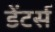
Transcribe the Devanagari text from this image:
डेंटर्स